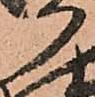
か